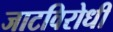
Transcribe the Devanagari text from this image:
जाटविरोधी